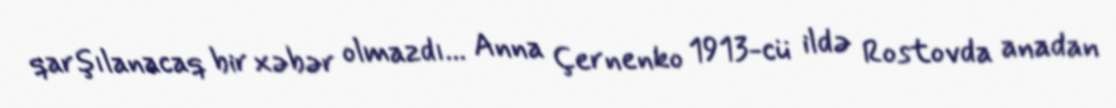
qarşılanacaq bir xəbər olmazdı... Anna Çernenko 1913-cü ildə Rostovda anadan